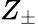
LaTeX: Z_{\pm}